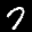
Label: 7